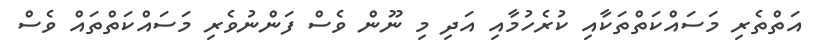
އަތްތެރި މަސައްކަތްތަކާއި ކުރެހުމާއި އަދި މި ނޫން ވެސް ފަންނުވެރި މަސައްކަތްތައް ވެސް